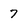
Character: 7